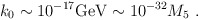
\begin{align*}k_0 \sim 10^{-17} {\rm GeV} \sim 10^{-32} M_5 \ .\end{align*}